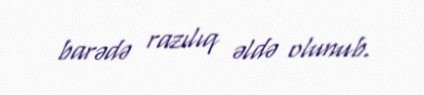
barədə razılıq əldə olunub.